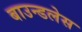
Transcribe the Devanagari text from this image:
बाउन्डलेस